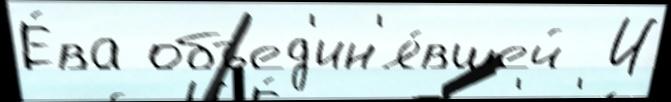
Е́ва объед'ин'я́вшей  И